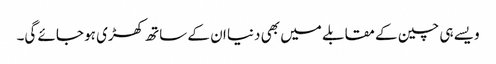
ویسے ہی چین کے مقابلے میں بھی دنیا ان کے ساتھ کھڑی ہو جائے گی۔